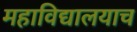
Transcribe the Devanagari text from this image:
महाविद्यालयाच